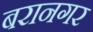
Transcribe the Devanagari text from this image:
बरानगर